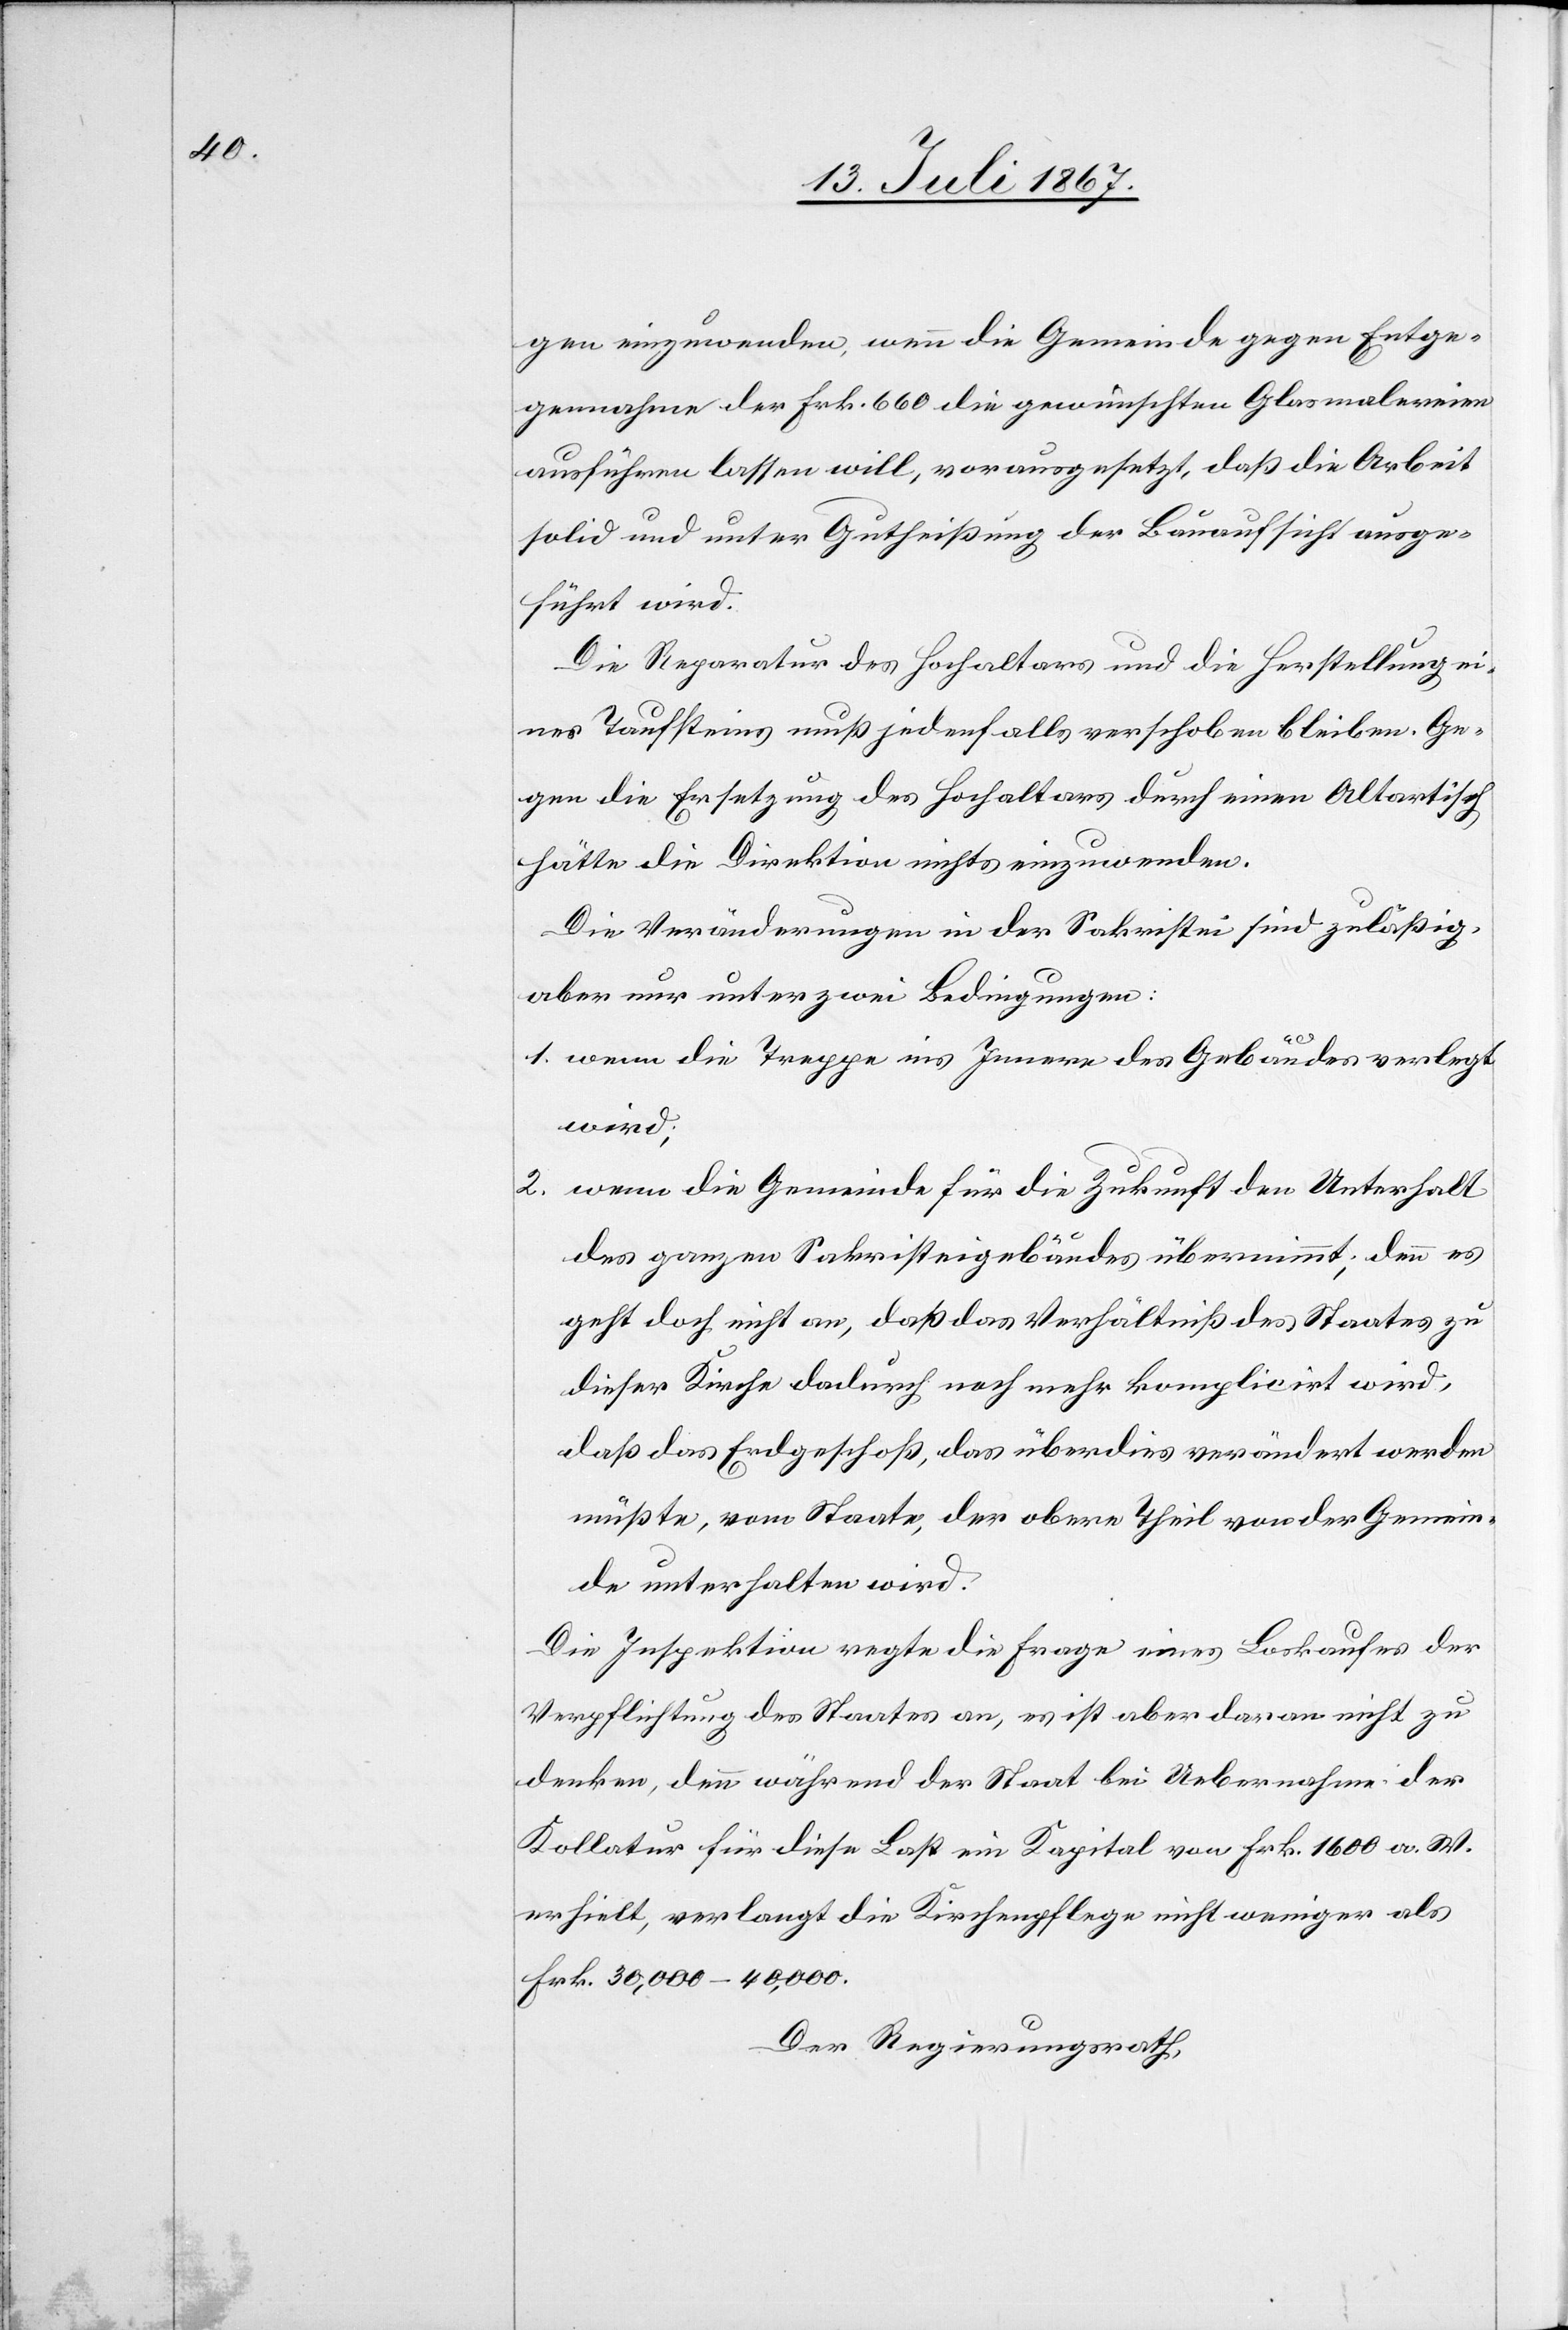
gen einzuwenden, wenn die Gemeinde gegen Entge¬
gennahme der Frk. 660 die gewünschten Glasmalereien
ausführen lassen will, vorausgesetzt, daß die Arbeit
solid und unter Gutheißung der Bauaufsicht ausge¬
führt wird.
Die Reparatur des Hochaltars und die Herstellung ei¬
nes Taufsteines muß jedenfalls verschoben bleiben. Ge¬
gen die Ersetzung des Hochaltars durch einen Altartisch
hätte die Direktion nichts einzuwenden.
Die Veränderungen in der Sakristei sind zuläßig,
aber nur unter zwei Bedingungen:
1. wenn die Treppe ins Innere des Gebäudes verlegt
wird;
2. wenn die Gemeinde für die Zukunft den Unterhalt
des ganzen Sakristeigebäudes übernimmt; denn es
geht doch nicht an, daß das Verhältniß des Staates zu
dieser Kirche dadurch noch mehr komplicirt wird,
daß das Erdgeschoß, das überdies verändert werden
müßte, vom Staate, der obere Theil von der Gemein¬
de unterhalten wird.
Die Inspektion regte die Frage eines Loskaufes der
Verpflichtung des Staates an, es ist aber daran nicht zu
denken, denn während der Staat bei Uebernahme der
Kollatur für diese Last ein Kapital von Frk. 1600 a. W.
erhielt, verlangt die Kirchenpflege nicht weniger als
Frk. 30 000–40 000.
Der Regierungsrath,